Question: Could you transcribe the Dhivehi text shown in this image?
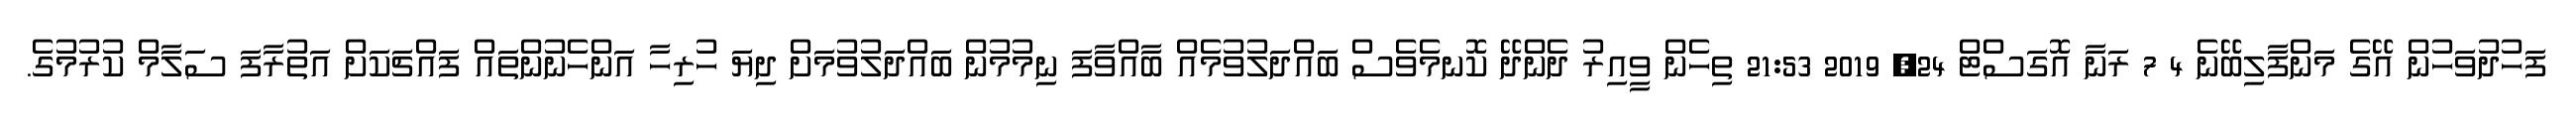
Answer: ފަހުދުވަހުން އޭގެ މަންފާލިބޭނެ 4 7 ރަނާ އޮގަސްޓް 24, 2019 21:53 ތިހެން ވީއިރު ދެންދޭ ކޮނމެވެސް ބައްދަލުވުމެއް ބާއްވާފަ ނިމުމުން ބައްދަލުވުމަށް ދިޔަ ހުރިހާ އަންހެނުންތައް ފައްޗަކަށް އަތުރާފަ ސަލާމް ކުރުމުގެ.